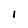
Character: i